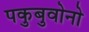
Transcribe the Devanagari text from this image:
पकुबुवोनो